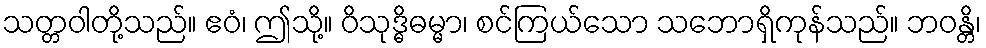
သတ္တဝါတို့သည်။ ဧဝံ၊ ဤသို့။ ဝိသုဒ္ဓိဓမ္မာ၊ စင်ကြယ်သော သဘောရှိကုန်သည်။ ဘဝန္တိ၊